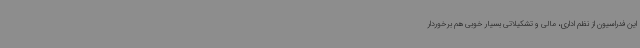
این فدراسیون از نظم اداری، مالی و تشکیلاتی بسیار خوبی هم برخوردار